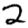
Digit: 2